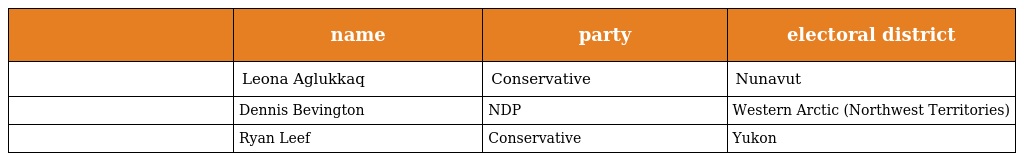
|  | name | party | electoral district |
 | --- | --- | --- | --- |
 |  | Leona Aglukkaq | Conservative | Nunavut |
 |  | Dennis Bevington | NDP | Western Arctic (Northwest Territories) |
 |  | Ryan Leef | Conservative | Yukon |